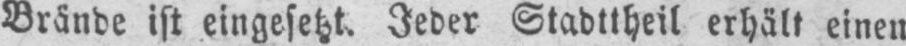
Brände ist eingesetzt. Jeder Stadttheil erhält einen